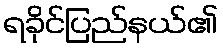
ရခိုင်ပြည်နယ်၏